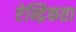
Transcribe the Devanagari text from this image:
ऐन्द्रिकता